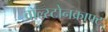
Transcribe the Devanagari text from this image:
वॉल्स्टोनक्राफ्ट